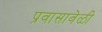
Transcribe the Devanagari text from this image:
प्रवासावेळी